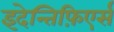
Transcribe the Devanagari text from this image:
इदेन्तिफ़िएर्स